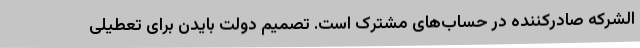
‌الشرکه صادرکننده در حساب‌های مشترک است. تصمیم دولت بایدن برای تعطیلی